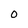
Character: 0